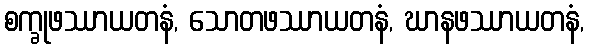
စက္ခုဖဿာယတနံ, သောတဖဿာယတနံ, ဃာနဖဿာယတနံ,